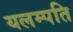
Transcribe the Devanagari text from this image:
यलम्पति